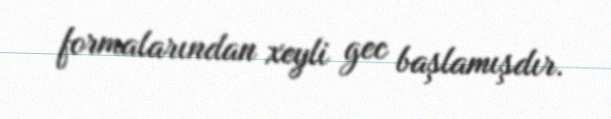
formalarından xeyli gec başlamışdır.